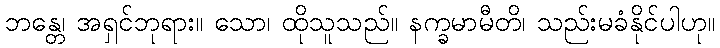
ဘန္တေ၊ အရှင်ဘုရား။ သော၊ ထိုသူသည်။ နက္ခမာမီတိ၊ သည်းမခံနိုင်ပါဟု။